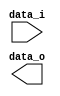
// Author:

module Sign_Extend(
    data_i,
    data_o
    );

//I/O ports
input   [16-1:0] data_i;
output  [32-1:0] data_o;

//Internal Signals
reg     [32-1:0] data_o;

//Sign extended

endmodule